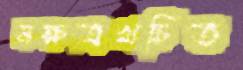
নক্ষত্রখচিত